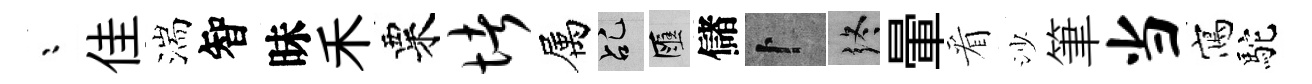
漸佳湍智昧禾粟堵属乩匯儲卜终暈看沙筆当寫駝